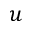
u